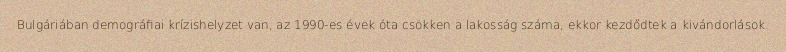
Bulgáriában demográfiai krízishelyzet van, az 1990-es évek óta csökken a lakosság száma, ekkor kezdődtek a kivándorlások.